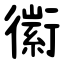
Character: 䘗